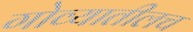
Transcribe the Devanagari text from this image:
गोव्यातीलच